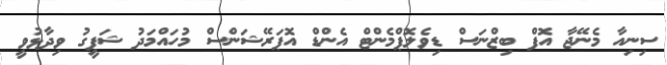
ސިނިއާ މެނޭޖާ އޮފް ބިޒްނަސް ޑިވެލޮޕްމެންޓް އެންޑް އޮޕަރޭޝަންސް މުހައްމަދު ޝަފީގު ވިދާޅުވީ